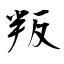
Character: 叛